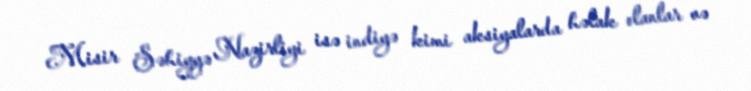
Misir Səhiyyə Nazirliyi isə indiyə kimi aksiyalarda həlak olanlar və